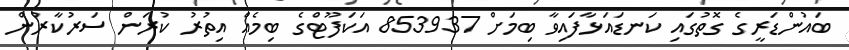
ބައުންޑަރީގެ ގޮތުގައި ކަނޑައަޅާފައިވާ ބިމަށް 853937 އަކަފޫޓްގެ ބިމެއް އިތުރު ކުރަން ސަރުކާރުން